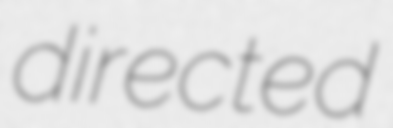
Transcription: directed